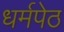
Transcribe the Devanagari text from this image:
धर्मपेठ